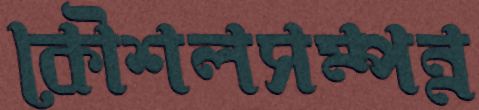
কৌশলসম্পন্ন